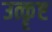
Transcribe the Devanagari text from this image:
उत्कॄष्ट